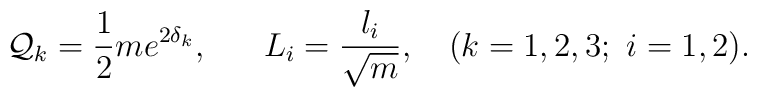
{\cal Q}_k={1\over 2}me^{2\delta_k}, \ \ \ \ \ L_i={{l_i}\over {\sqrt{m}}}, \ \ \ (k=1,2,3;\ i=1,2).